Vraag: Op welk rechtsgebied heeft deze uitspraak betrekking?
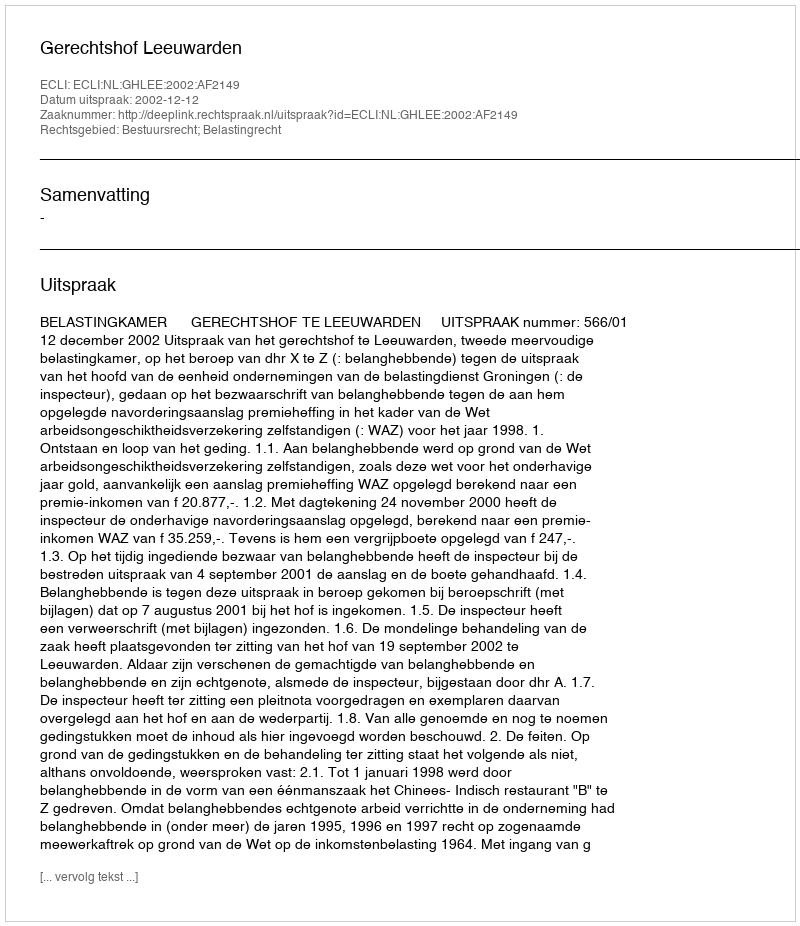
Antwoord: Bestuursrecht; Belastingrecht